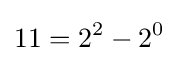
11=2^{2}-2^{0}